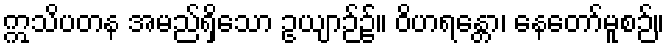
ဣသိပတန အမည်ရှိသော ဥယျာဉ်၌။ ဝိဟရန္တော၊ နေတော်မူစဉ်။